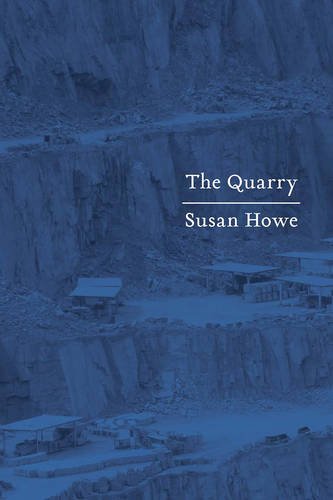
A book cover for The Quarry: Essays; Susan Howe; Literature & Fiction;